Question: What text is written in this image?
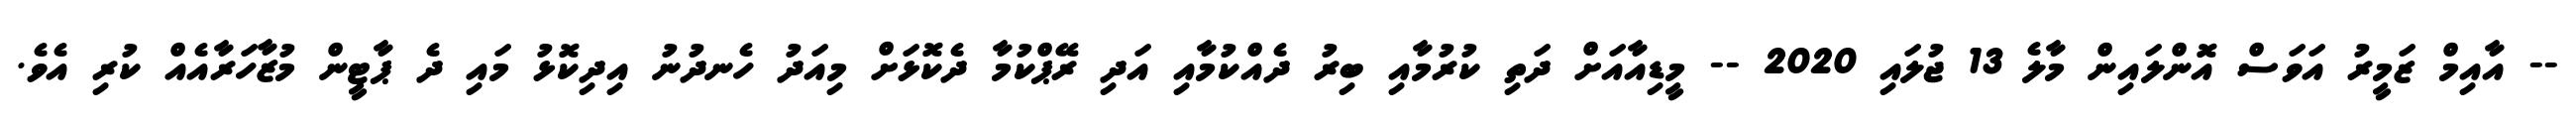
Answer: -- އާއިމް ޒަމީރު އަވަސް އޮންލައިން މާލެ 13 ޖުލައި 2020 -- މީޑިއާއަށް ދަތި ކުރުމާއި ބިރު ދެއްކުމާއި އަދި ރޭޕްކުމާ ދެކޮޅަށް މިއަދު ހެނދުނު އިދިކޮޅު މައި ދެ ޕާޓީން މުޒާހަރާއެއް ކުރި އެވެ.